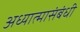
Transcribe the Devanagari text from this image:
अध्यात्मासंबंधी